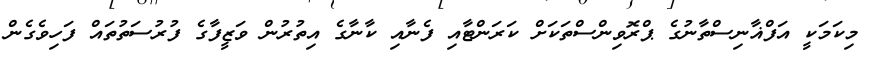
މިކަމަކީ އަފްޣާނިސްތާނުގެ ޕްރޮވިންސްތަކަށް ކަރަންޓާއި ފެނާއި ކާނާގެ އިތުރުން ވަޒީފާގެ ފުރުސަތުތައް ފަހިވެގެން